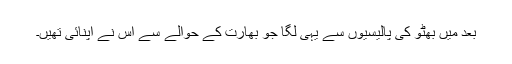
بعد میں بھٹو کی پالیسیوں سے یہی لگا جو بھارت کے حوالے سے اس نے اپنائی تھیں۔